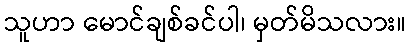
သူဟာ မောင်ချစ်ခင်ပါ၊ မှတ်မိသလား။